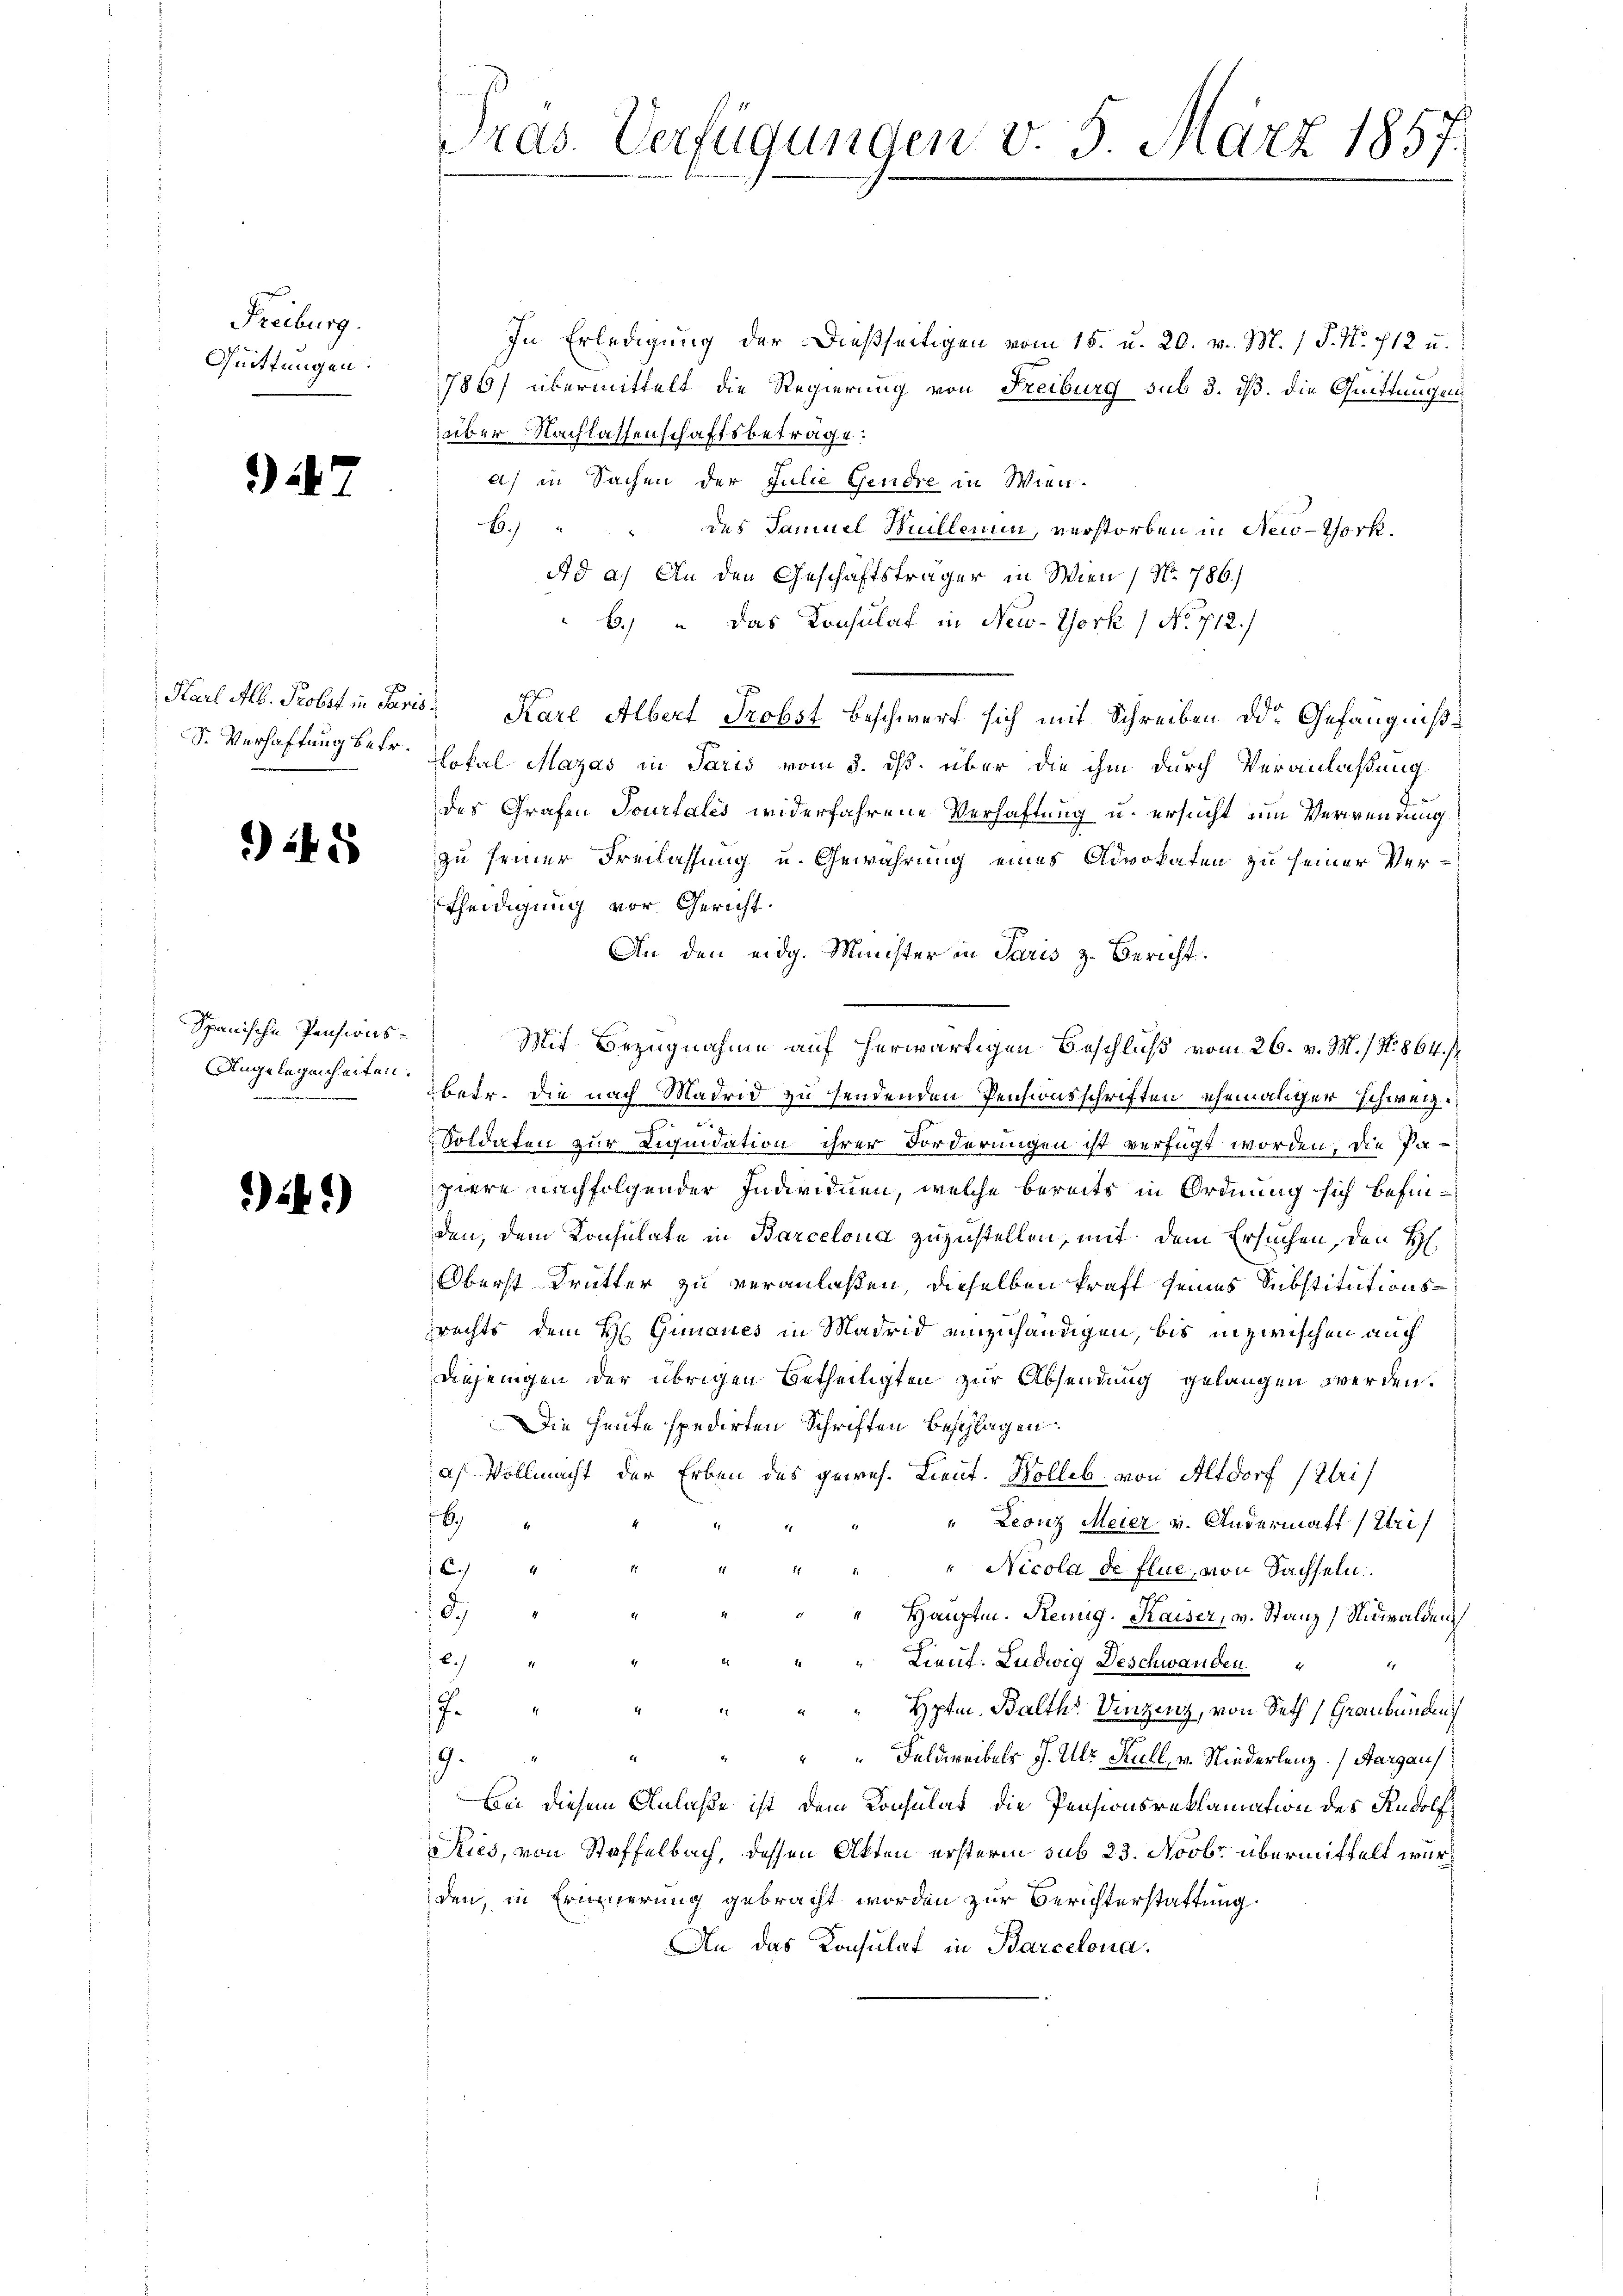
Freiburg.
Quittungen.

* 22

S. Verhaftung betr.

248

Spanische Pensions¬
Angelegenheiten.

if.1)

Pras. Verfügungen v. 5. März 1857.

In Erledigung der dießseitigen vom 15. u. 20. v. M. / P. Nr. 712 u.
786/ übermittelt die Regierung von Freiburg sub 3. dß. die Quittungen
über Nachlassenschaftsbetrage:
a) in Sachen der Julie Gendre in Wien¬
6.) " " des Samuel Huillenen, verstorben in New-York.
Ad a) An den Geschäftsträger in Wien / No. 786.)
b.) " Das Konsulat in New-York / No 712.)
Karl Alb. Probst in Paris. Karl Albert Probst beschwerf sich mit Schreiben oder Gefängnißlokal Mazas in Paris vom 3. ds. über die ihm durch Veranlaßung
des Grafen Tourtales widerfahrene Verhaftung u. ersucht um Verwendung
zu seiner Freilassung u. Gewährung eines Advokaten zu seiner Vertheidigung vor Gericht.
An den eidg. Minister in Paris z. Bericht
Mit Bezugnahme auf herwärtigen Beschluß vom 26. v. M. / N. 864.
ber. Die nach Madrid zu sendenden Pensionsschriften ehemaliger Schweiz.
Soldaten zur Liquidation ihrer Forderungen ist verfügt worden, die Papiere nachfolgender Individuen, welche bereits in Ordnung sich befinden, dem Konsulate in Barcelona zuzustellen, mit dem Ersuchen, den H
Oberst Trutter zu veranlaßen, dieselben kraft seines Substitutionsrechts dem H: Gimanes in Madrid einzuhändigen, bis inzwischen auch
Diejenigen der übrigen Betheiligten zur Absendung gelangen werden.
Die Heute spedirten Schriften beschlagen
a) Vollmacht der Erben des gewes. Lieut. Wolles von Altdorf (Uri
8
" Leonz Meier v. Andermatt (Uri)
B 44
" " " Nicola de flue, von Sachseln.
18
 Hauptm. Remig. Kaiser, v. Stanz, Nidwalden
bich
" " " Lieut. Ludwig Deschwanden
E
7. " " " " " Hptm. Balth. Vinzenz, von Seth Graubünden)
" " " " Feldweibels J. Ulr Kull, u. Niederlenz) Aargaus
2
19.
Bei diesem Anlaße ist dem Konsulat die Pensionsreklamation des Rudolf
Kies, von Staffelbach, dessen Akten erstern sub 23. Novbr übermittelt wurden, in Erinnerung gebracht worden zur Berichterstattung
An das Konsulat in Barcelona.